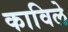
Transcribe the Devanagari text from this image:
काविले